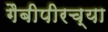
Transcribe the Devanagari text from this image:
गैबीपीरच्या